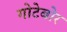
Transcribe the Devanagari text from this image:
गोटेबोर